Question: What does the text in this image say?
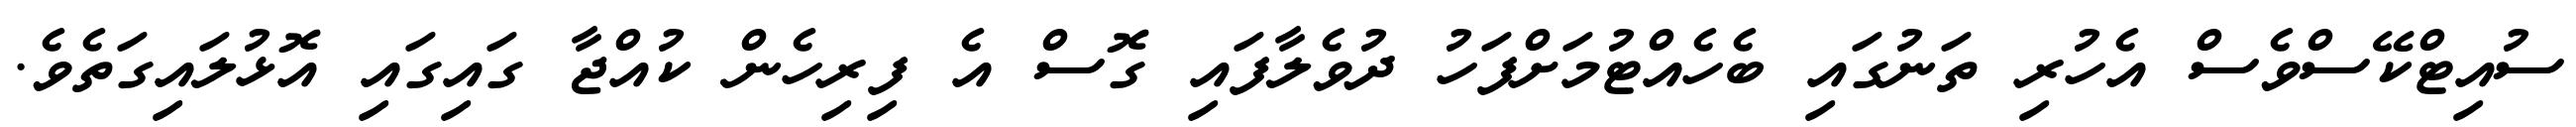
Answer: ސުއިޓްކޭސްވެސް އެހުރި ތަނުގައި ބެހެއްޓުމަށްފަހު ދުވެލާފައި ގޮސް އެ ފިރިހެން ކުއްޖާ ގައިގައި އޮޅުލައިގަތެވެ.